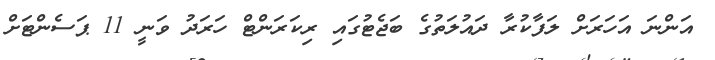
އަންނަ އަހަރަށް ލަފާކުރާ ދައުލަތުގެ ބަޖެޓުގައި ރިކަރަންޓް ހަރަދު ވަނީ 11 ޕަސެންޓަށް